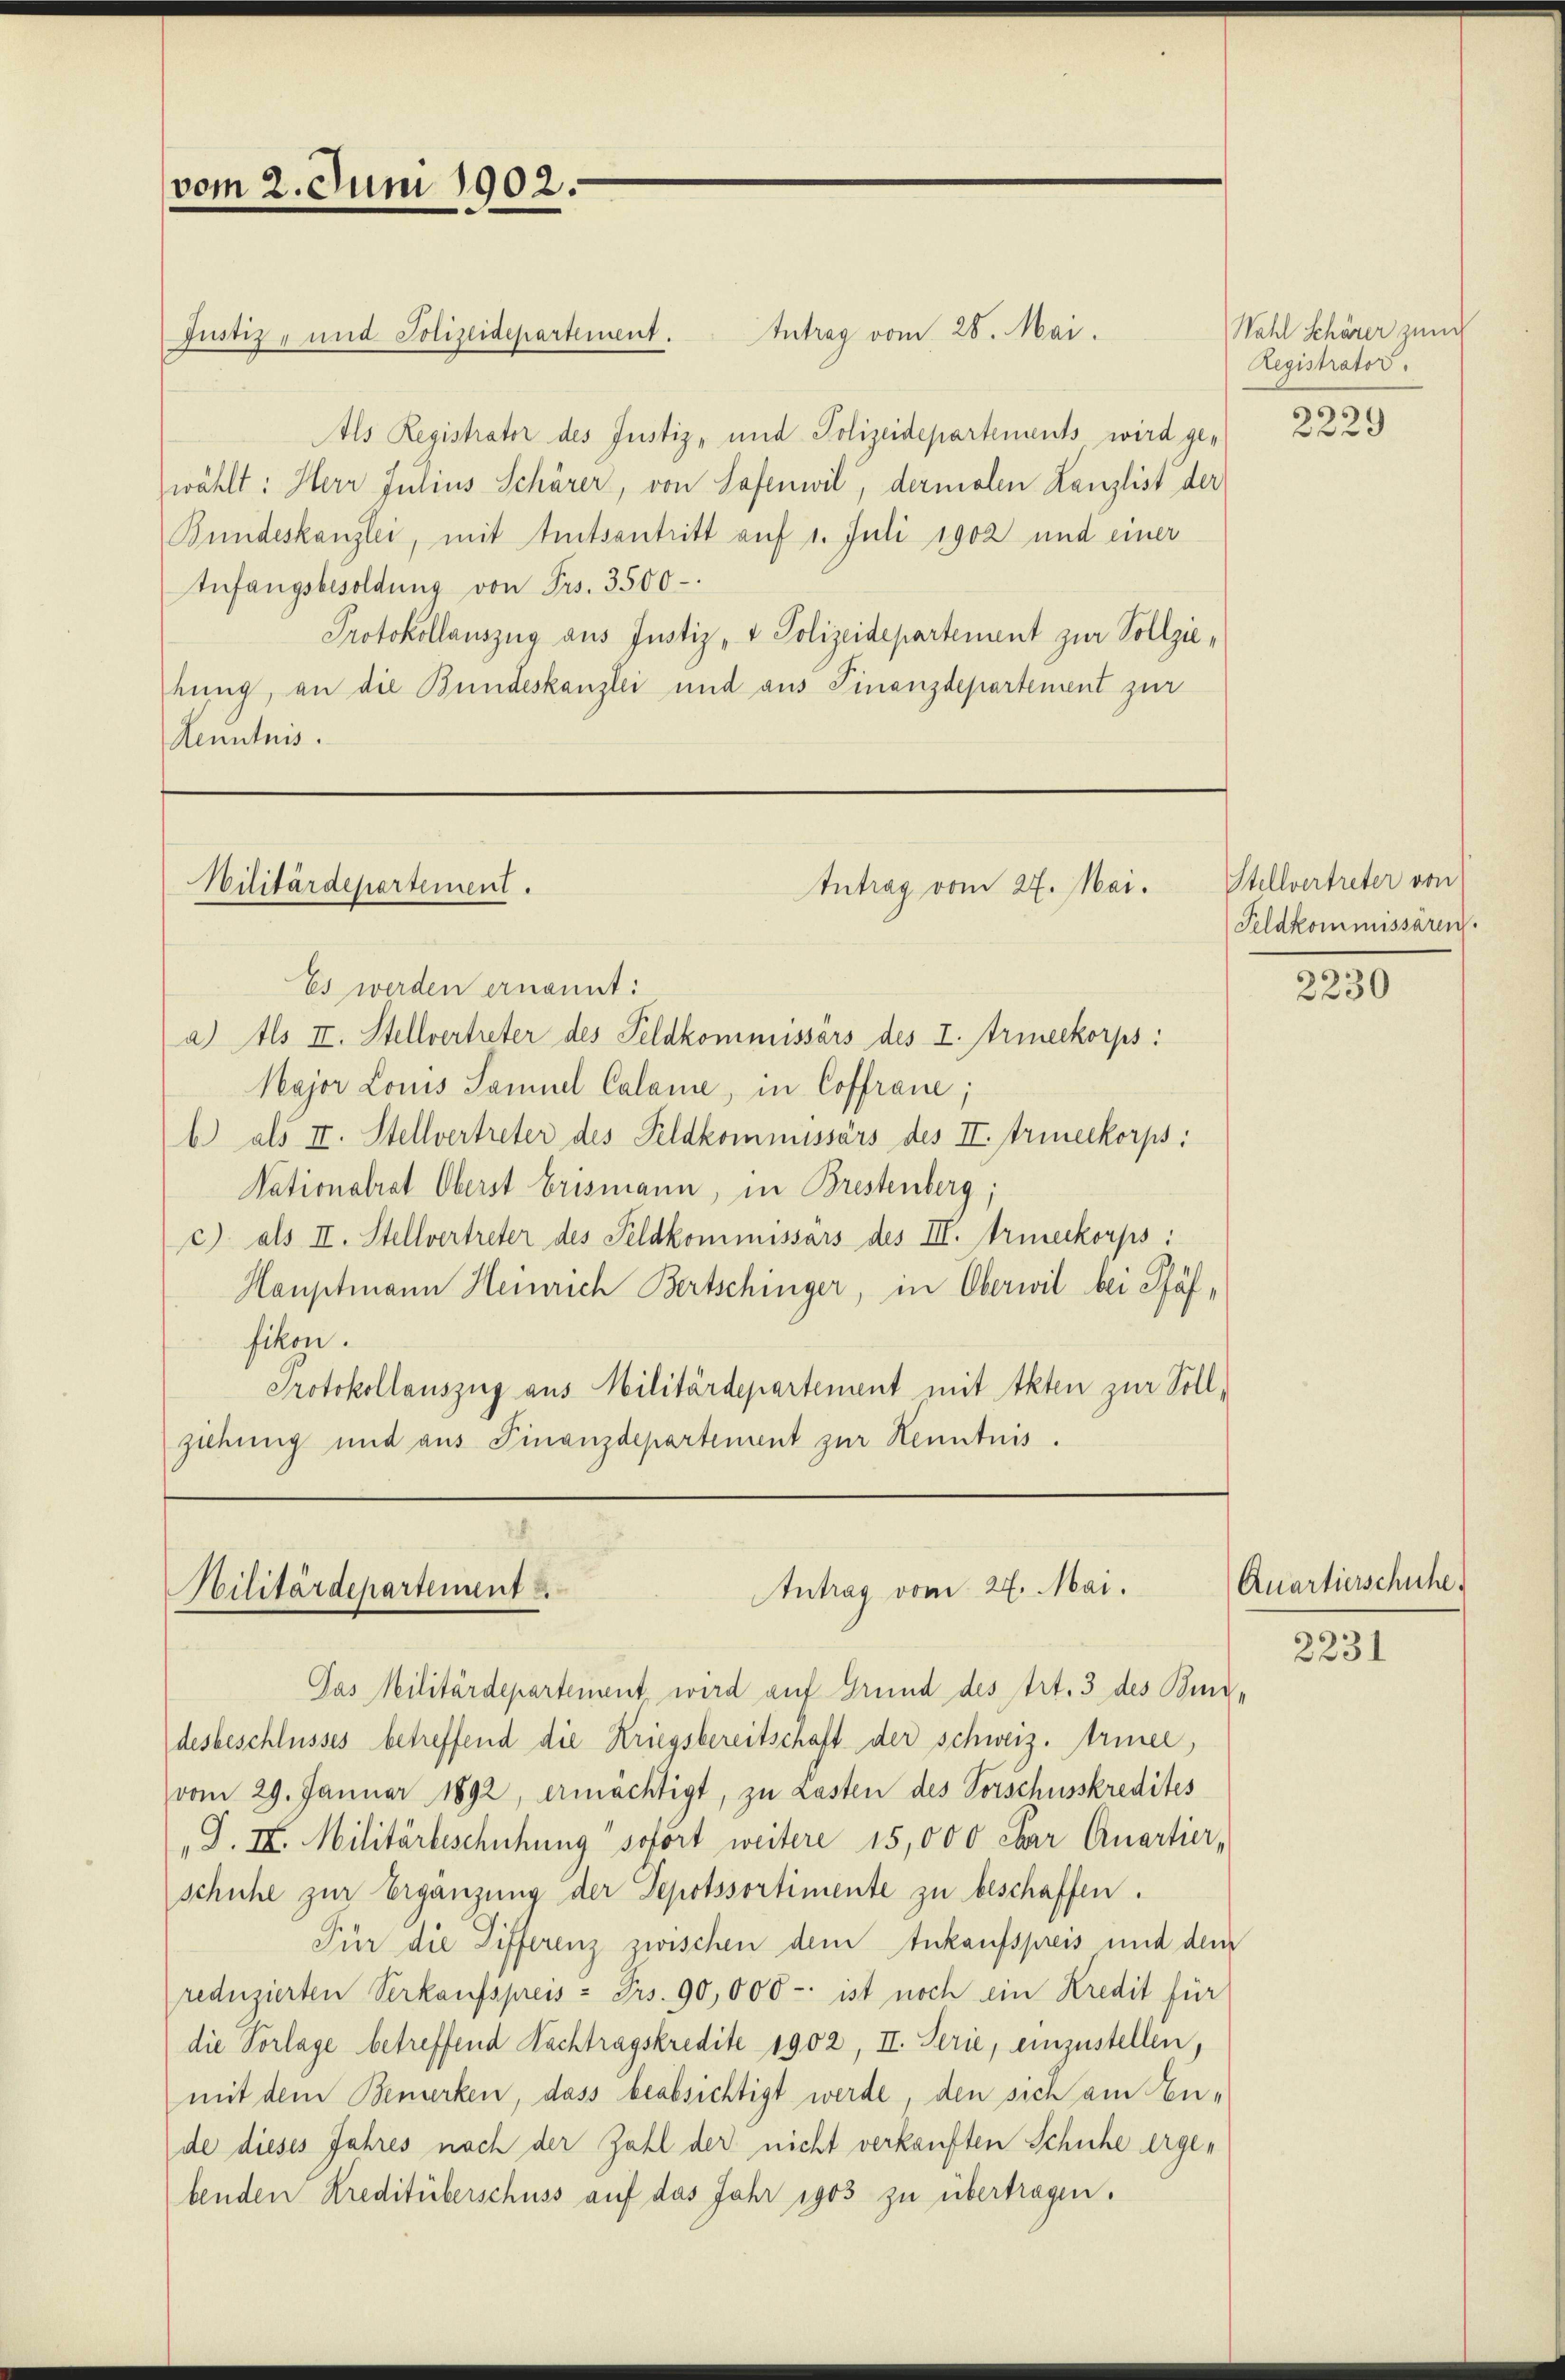
vom 2. Juni 1902.

Justiz- und Polizeidepartement.

Militärdepartement.

Es werden ernannt:
a) Als II. Stellvertreter des Feldkommissärs des I. Armeekorps:
Major Louis Samuel Calame, in Coffrane;
b) als II. Stellvertreter des Feldkommissärs des II. Trineckorps:
Nationalrat Oberst Erismann, in Brestenberg;
c) als II. Stellvertreter des Feldkommissars des III. Trineckorps:
Hauptmann Heinrich Bertschinger, in Oberwil bei Pfäffikon.
Protokollauszug aus Militärdepartement mit Akten zur Sollziehung und aus Finanzdepartement zur Kenntnis.

Intrag vom 28. Mai.
Als Registrator des Justiz- und Polizeidepartements wird ge-
wählt: Herr Julius Schärer, von Sofenwil, dermalen Lanzlist der
Bundeskanzlei, mit Amtsantritt auf 1. Juli 1902 und einer
Anfangsbesoldung von Frs. 3500-
Protokollauszug aus Justiz- & Polizeidepartement zur Vollziehung, an die Bundeskanzlei und aus Finanzdepartement zur
Kenntnis.

Intrag vom 27. Mai.

Antrag vom 24. Mai.
Militärdepartement

Das Militärdepartement wird auf Grund des Art. 3 des Bind-
desbeschlusses betreffend die Kriegsbereitschaft der schweiz. triner,
vom 29. Januar 1892, ermächtigt, zu Lasten des Vorschusskredites
G. II. Militärbeschühung sofort weitere 15,000 char Quartier-
schuhe zur Ergänzung der Depotssortimente zu beschaffen.
Für die Differenz zwischen dem Ankaufspreis und dem
reduzierten Verkaufspreis - Frs. 90,000 - ist noch ein Kredit für
die Vorlage betreffend Nachtragskredite 1902, II. Serie, einzustellen,
mit dem Bemerken, dass beabsichtigt werde, den sich am Ende dieses Jahres nach der Zahl der nicht verkauften Schuhe ergebenden Kreditüberschuss auf das Jahr 1903 zu übertragen.

Wahl Schärer zum
Registrator.

Stellvertreter von
Feldkommissären.

2229

2230

Quartierschuhe.

2231